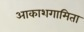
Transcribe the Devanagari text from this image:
आकाशगामिता